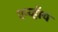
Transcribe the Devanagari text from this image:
एन्व्हॉय